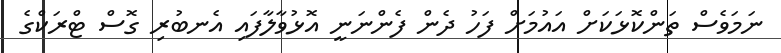
ނަމަވެސް ތަންކޮޅަކަށް އައުމަށް ފަހު ދެން ފެންނަނީ އޮޅުވާލާފައި އެނބުރި ގޮސް ޓްރަކްގެ